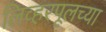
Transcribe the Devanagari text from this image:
लिव्हरपूलच्या